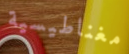
مغناطيسية